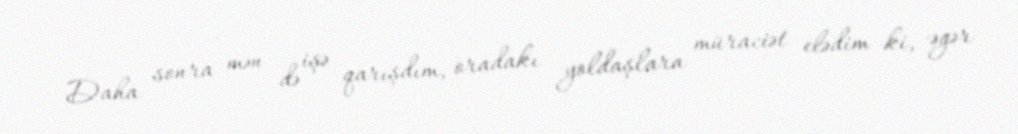
Daha sonra mən də işə qarışdım, oradakı yoldaşlara müraciət elədim ki, əgər